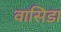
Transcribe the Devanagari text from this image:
वासिडा